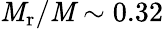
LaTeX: \mathit{M}_{\mathrm{{r}}}/\mathit{M}\sim0.32